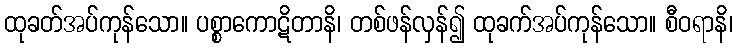
ထုခတ်အပ်ကုန်သော။ ပစ္စာကောဋိတာနိ၊ တစ်ဖန်လှန်၍ ထုခက်အပ်ကုန်သော။ စီဝရာနိ၊